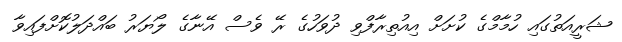
ޝަރީއަތުގައި ހުމާމްގެ ކުށަށް އިއުތިރާފްވި ދުވަހުގެ ރޭ ވެސް އޭނާގެ ލޯޔަރު ބައްދަލުކޮށްފައިވާ